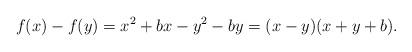
LaTeX: \begin{align*}f(x)-f(y)=x^2+bx - y^2 - by = (x-y)(x+y+b). \end{align*}